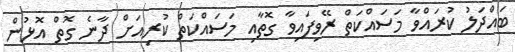
ބައްދަލު ކުރައްވާ މަސައްކަތް ރޭވިފައިވާ ގޮތާއި މަސައްކަތް ކުރިއަށް ދާނެ ގޮތް އޮޅުން